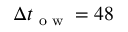
\Delta t _ { \textrm { o w } } = 4 8